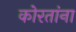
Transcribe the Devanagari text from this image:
कोरतांना